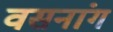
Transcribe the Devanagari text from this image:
वसनांग